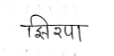
मजकूर: झिरपा